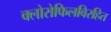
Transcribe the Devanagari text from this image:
क्लोरोफिलविरहित